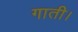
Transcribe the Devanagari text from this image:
गाती।